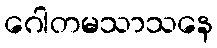
ဂေါတမသာသနေ